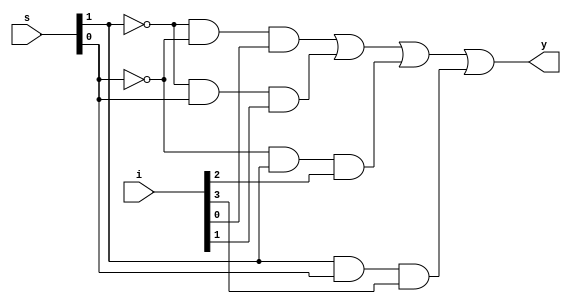
module mu4to1_bhw(i,s,y
    );
	 input [3:0]i;
	 input [1:0]s;
	 output y;
	 reg y;
	 always @(i,s)
	 begin
	 y=(~s[1]&(~s[0])&i[0])|(~(s[1])&s[0]&i[1])|(~s[0]&s[1]&i[2])|(s[1]&s[0]&i[3]);
	 end
endmodule
module mux4to1_bhw_tb;

	// Inputs
	reg [3:0] i;
	reg [1:0] s;

	// Outputs
	wire y;

	// Instantiate the Design Under Test (DUT)
	mu4to1_bhw dut (i,s,y
	);

	initial begin
		// Initialize Inputs
		s=2'b00;i=4'b0001;#20;
		s=2'b01;i=4'b0010;#20;
		s=2'b10;i=4'b0100;#20;
		s=2'b11;i=4'b1000;#20;
		s=2'b00;i=4'b1110;#20;
		s=2'b01;i=4'b1101;#20;
		s=2'b10;i=4'b1011;#20;
		s=2'b11;i=4'b0111;#20;

	end
      
endmodule